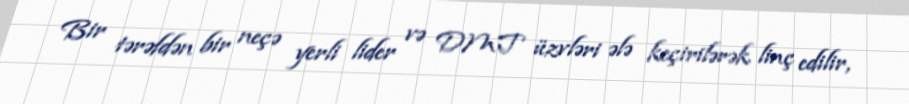
Bir tərəfdən bir neçə yerli lider və DMT üzvləri ələ keçirilərək linç edilir,